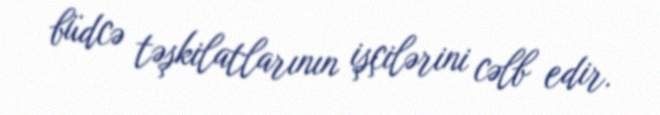
büdcə təşkilatlarının işçilərini cəlb edir.